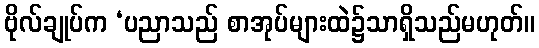
ဗိုလ်ချုပ်က ‘ပညာသည် စာအုပ်များထဲ၌သာရှိသည်မဟုတ်။